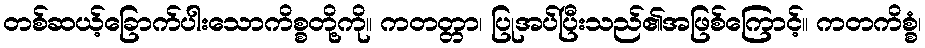
တစ်ဆယ့်ခြောက်ပါးသောကိစ္စတို့ကို။ ကတတ္တာ၊ ပြုအပ်ပြီးသည်၏အဖြစ်ကြောင့်။ ကတကိစ္စံ၊